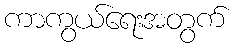
ကာကွယ်ရေးအတွက်